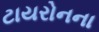
ટાયરોનના